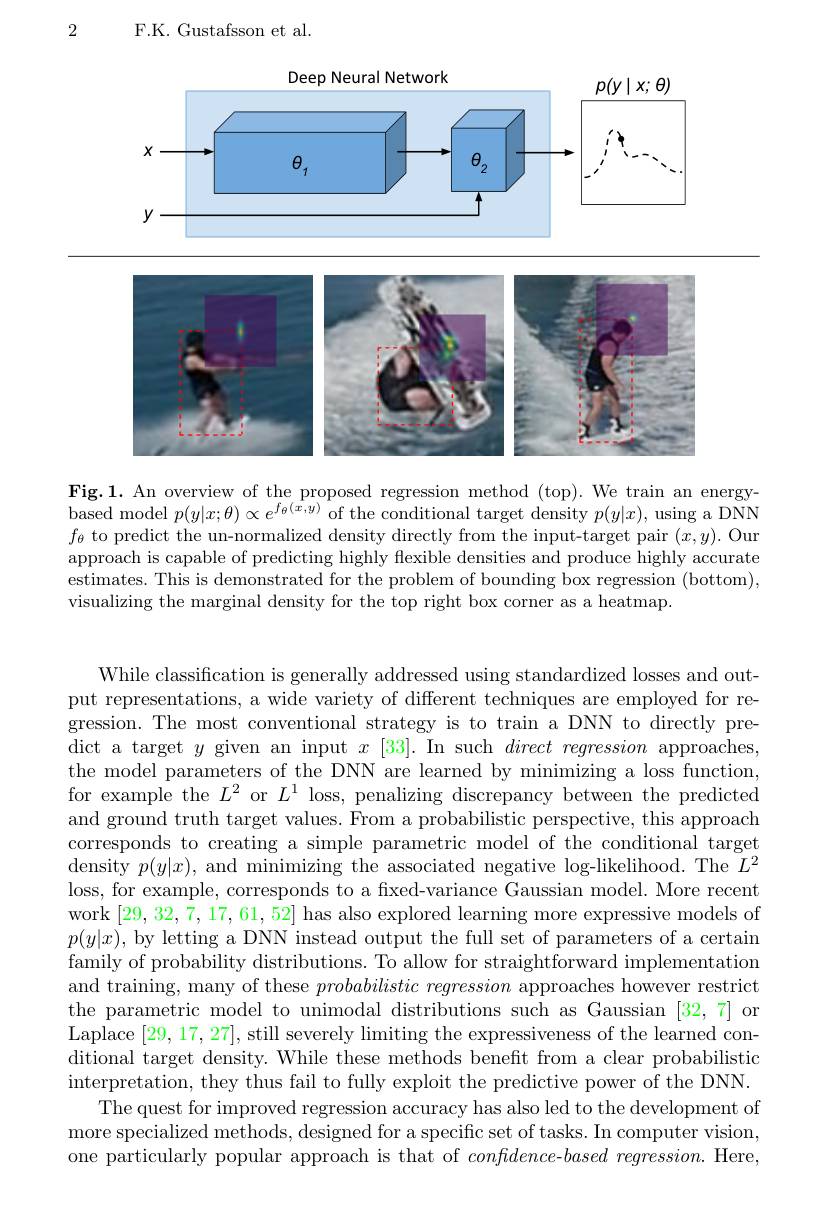
2

F.K. Gustafsson et al.

<FigureHere>

Fig.1. An overview of the proposed regression method (top). We train an energybased model $p(y|x;\theta)\propto e^f_{\theta}(\tilde{x},y)$ of the conditional target density $p(y|x)$, using a DNN $f_\theta$ to predict the un-normalized density directly from the input-target pair $(x,y).$ Our approach is capable of predicting highly flexible densities and produce highly accurate estimates. This is demonstrated for the problem of bounding box regression (bottom), visualizing the marginal density for the top right box corner as a heatmap.

While classification is generally addressed using standardized losses and output representations, a wide variety of different techniques are employed for regression. The most conventional strategy is to train a DNN to directly predict a target $y$ given an input $x$ [33]. In such $direct\textit{regression approaches, }$ the model parameters of the DNN are learned by minimizing a loss function, for example the $L^2$ or $L^1$ loss, penalizing discrepancy between the predicted and ground truth target values. From a probabilistic perspective, this approach corresponds to creating a simple parametric model of the conditional target $\dot{\text{density }p(y|x),\mathrm{~and~minimizing~the~associated~negative~log-likelihood.~The~}L^{2}}$ loss, for example, corresponds to a fixed-variance Gaussian model. More recent work [29,32,7,17,61,52] has also explored learning more expressive models of $p(y|x)$, by letting a DNN instead output the full set of parameters of a certain family of probability distributions. To allow for straightforward implementation and training, many of these $probabilistic\textit{ regression approaches however restrict}$ the parametric model to unimodal distributions such as Gaussian [32,7] or Laplace [29,17,27], still severely limiting the expressiveness of the learned conditional target density. While these methods benefit from a clear probabilistic interpretation, they thus fail to fully exploit the predictive power of the DNN.
The quest for improved regression accuracy has also led to the development of more specialized methods, designed for a specific set of tasks. In computer vision, one particularly popular approach is that of $confdence- based\textit{regression. Here, }$